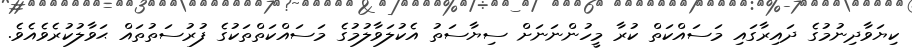
ކިޔަވާދިނުމުގެ ދައިރާގައި މަސައްކަތް ކުރާ މީހުންނަނަށް ސިޔާސަތު އެކުލަވާލުމުގެ މަސައްކަތްތަކުގެ ފުރުސަތުތައް ޙަވާލުކުރެވެއެވެ.